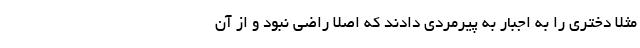
مثلا دختری را به اجبار به پیرمردی دادند که اصلا راضی نبود و از آن